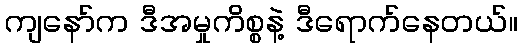
ကျနော်က ဒီအမှုကိစ္စနဲ့ ဒီရောက်နေတယ်။